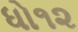
ધો૧૨